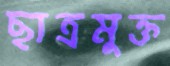
ছাত্রমুক্ত